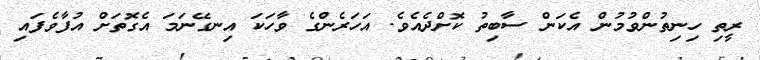
ރީތި ހިނިތުންވުމުން އެކަން ސާބިތު ކޮށްދެއެވެ. އަހަރެންގެ ވާހަކަ އިނގޭނަމަ އެގޮތަށް އުފާވެފައި